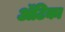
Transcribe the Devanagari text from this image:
अॅटिका